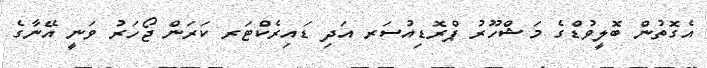
އެގޮތުން ބޮލީވުޑްގެ މަޝްހޫރު ޕްރޮޑިއުސަރ އަދި ޑައިރެކްޓަރ ކަރަން ޖޯހަރު ވަނީ އޭނާގެ